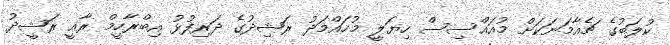
ކުލަބުގެ ޗެއާމަނަކަށް މުއައްސިސް ހިޔަލީ މުހައްމަދު ރަޝިދުގެ ދަރިފުޅު އިބްރާހީމް ރާއީ ރަޝީދު